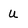
Character: U